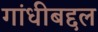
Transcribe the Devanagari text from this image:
गांधीबद्दल